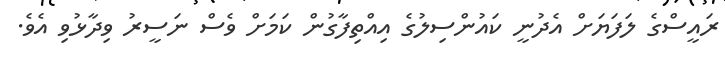
ރައީސްގެ ލަފަޔަށް އެދުނީ ކައުންސިލުގެ އިއްތިފާގުން ކަމަށް ވެސް ނަސީރު ވިދާޅުވި އެވެ.